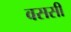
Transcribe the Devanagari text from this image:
वससी